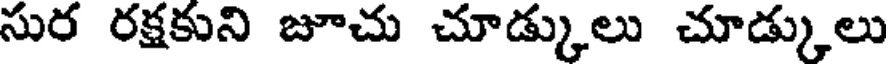
సుర రక్షకుని జూచు చూడ్కులు చూడ్కులు